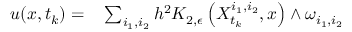
\begin{array} { r l } { u ( x , t _ { k } ) = } & { { } \sum _ { i _ { 1 } , i _ { 2 } } h ^ { 2 } K _ { 2 , \epsilon } \left( X _ { t _ { k } } ^ { i _ { 1 } , i _ { 2 } } , x \right) \wedge \omega _ { i _ { 1 } , i _ { 2 } } } \end{array}